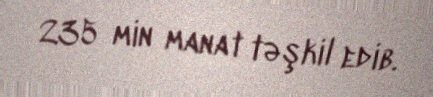
235 min manat təşkil edib.